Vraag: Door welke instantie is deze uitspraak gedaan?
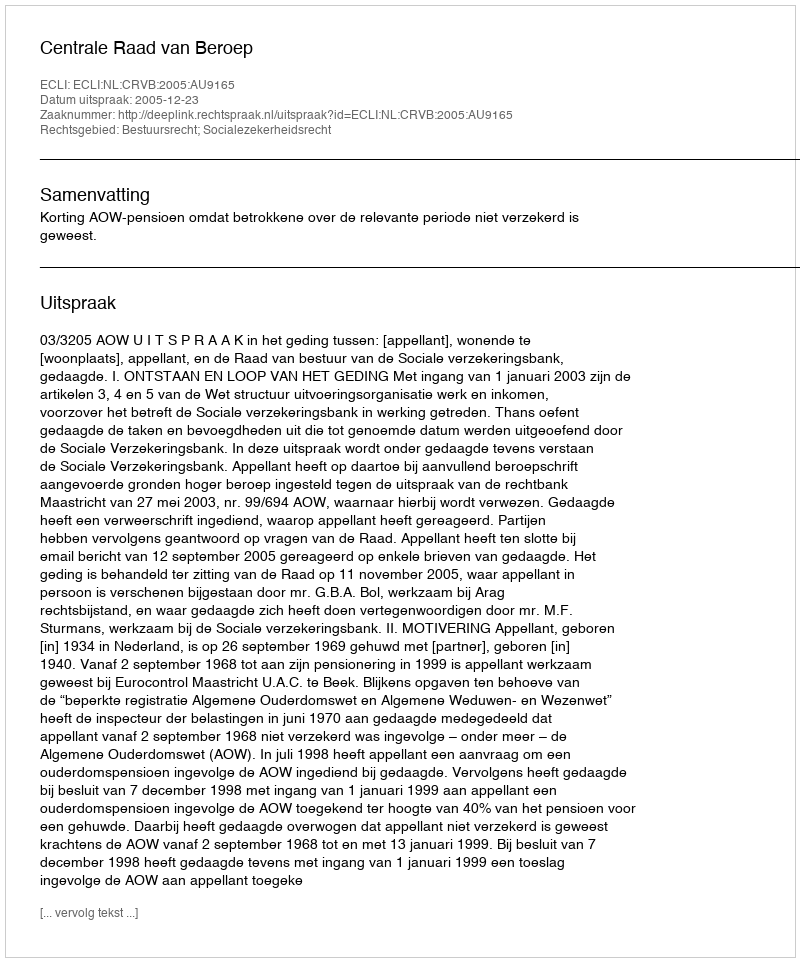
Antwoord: Centrale Raad van Beroep